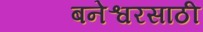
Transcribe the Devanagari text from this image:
बनेश्वरसाठी